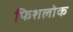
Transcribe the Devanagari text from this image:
फिशलोक